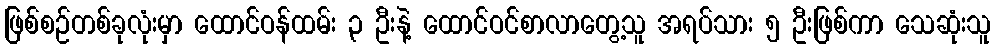
ဖြစ်စဉ်တစ်ခုလုံးမှာ ထောင်ဝန်ထမ်း ၃ ဦးနဲ့ ထောင်ဝင်စာလာတွေ့သူ အရပ်သား ၅ ဦးဖြစ်ကာ သေဆုံးသူ